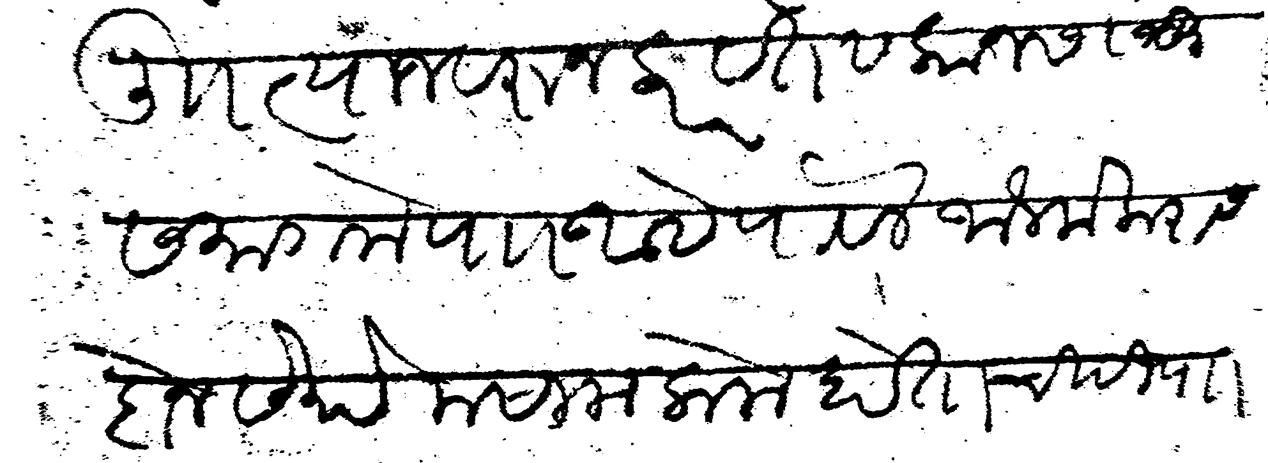
Transliteration (Devanagari): लि त्याजवरुन करवत व कानस संतु समागमे पा आहे पावले जौलमकरास दोनसे रुये मसाला केला होता चिटी पानवती